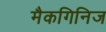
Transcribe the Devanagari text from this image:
मैकगिनिज